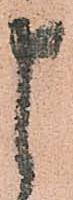
申